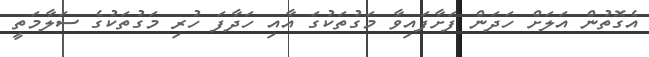
އެގޮތުން އަލަށް ހަދަން ފަށާފައިވާ މަގުތަކުގަ އާއި ހަދާފަ ހުރި މަގުތަކުގެ ސަލާމަތީ